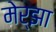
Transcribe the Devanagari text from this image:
मेर्झा